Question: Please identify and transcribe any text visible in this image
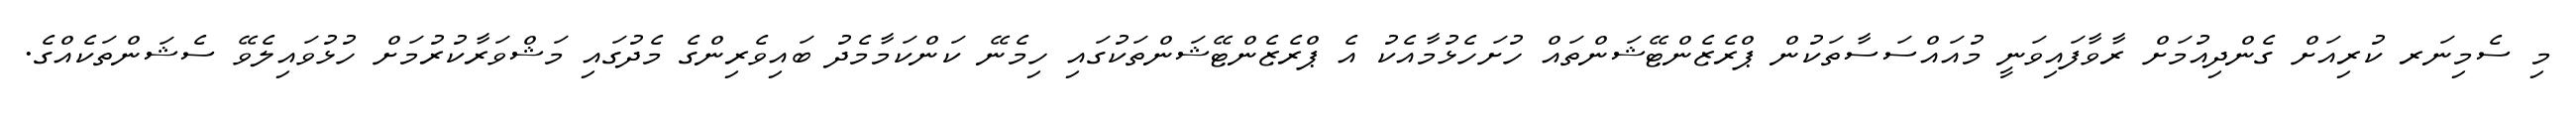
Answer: މި ސެމިނަރ ކުރިއަށް ގެންދިއުމަށް ރާވާފައިވަނީ މުއައްސަސާތަކުން ޕްރެޒެންޓޭޝަންތައް ހުށަހެޅުމާއެކު އެ ޕްރެޒެންޓޭޝަންތަކުގައި ހިމެނޭ ކަންކަމާމެދު ބައިވެރިންގެ މެދުގައި މަޝްވަރާކުރުމަށް ހުޅުވައިލެވޭ ސެޝަންތަކެއްގެ.